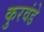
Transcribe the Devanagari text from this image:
कुरवंडे